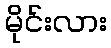
မိုင်းလား